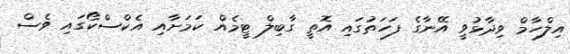
އިލްހާމް ވިދާޅުވީ އޭނާގެ ފަހަތުގައި އޮތީ ގާބިލް ޓީމެއް ކަމަށާއި އެކްސްކޯގައި ވެސް